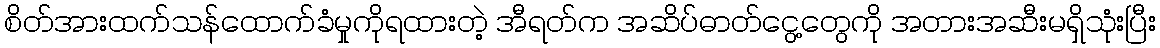
စိတ်အားထက်သန်ထောက်ခံမှုကိုရထားတဲ့ အီရတ်က အဆိပ်ဓာတ်ငွေ့တွေကို အတားအဆီးမရှိသုံးပြီး